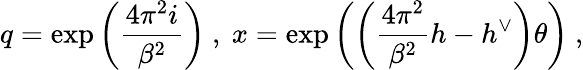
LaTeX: q=\exp\left(\frac{4\pi^{2}i}{\beta^{2}}\right)\ ,\ x=\exp\left(\left(\frac{4\pi^{2}}{\beta^{2}}h-h^{\vee}\right)\theta\right)\ ,